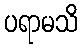
ပရာမသိ